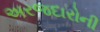
અરજદારોની